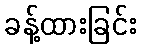
ခန့်ထားခြင်း